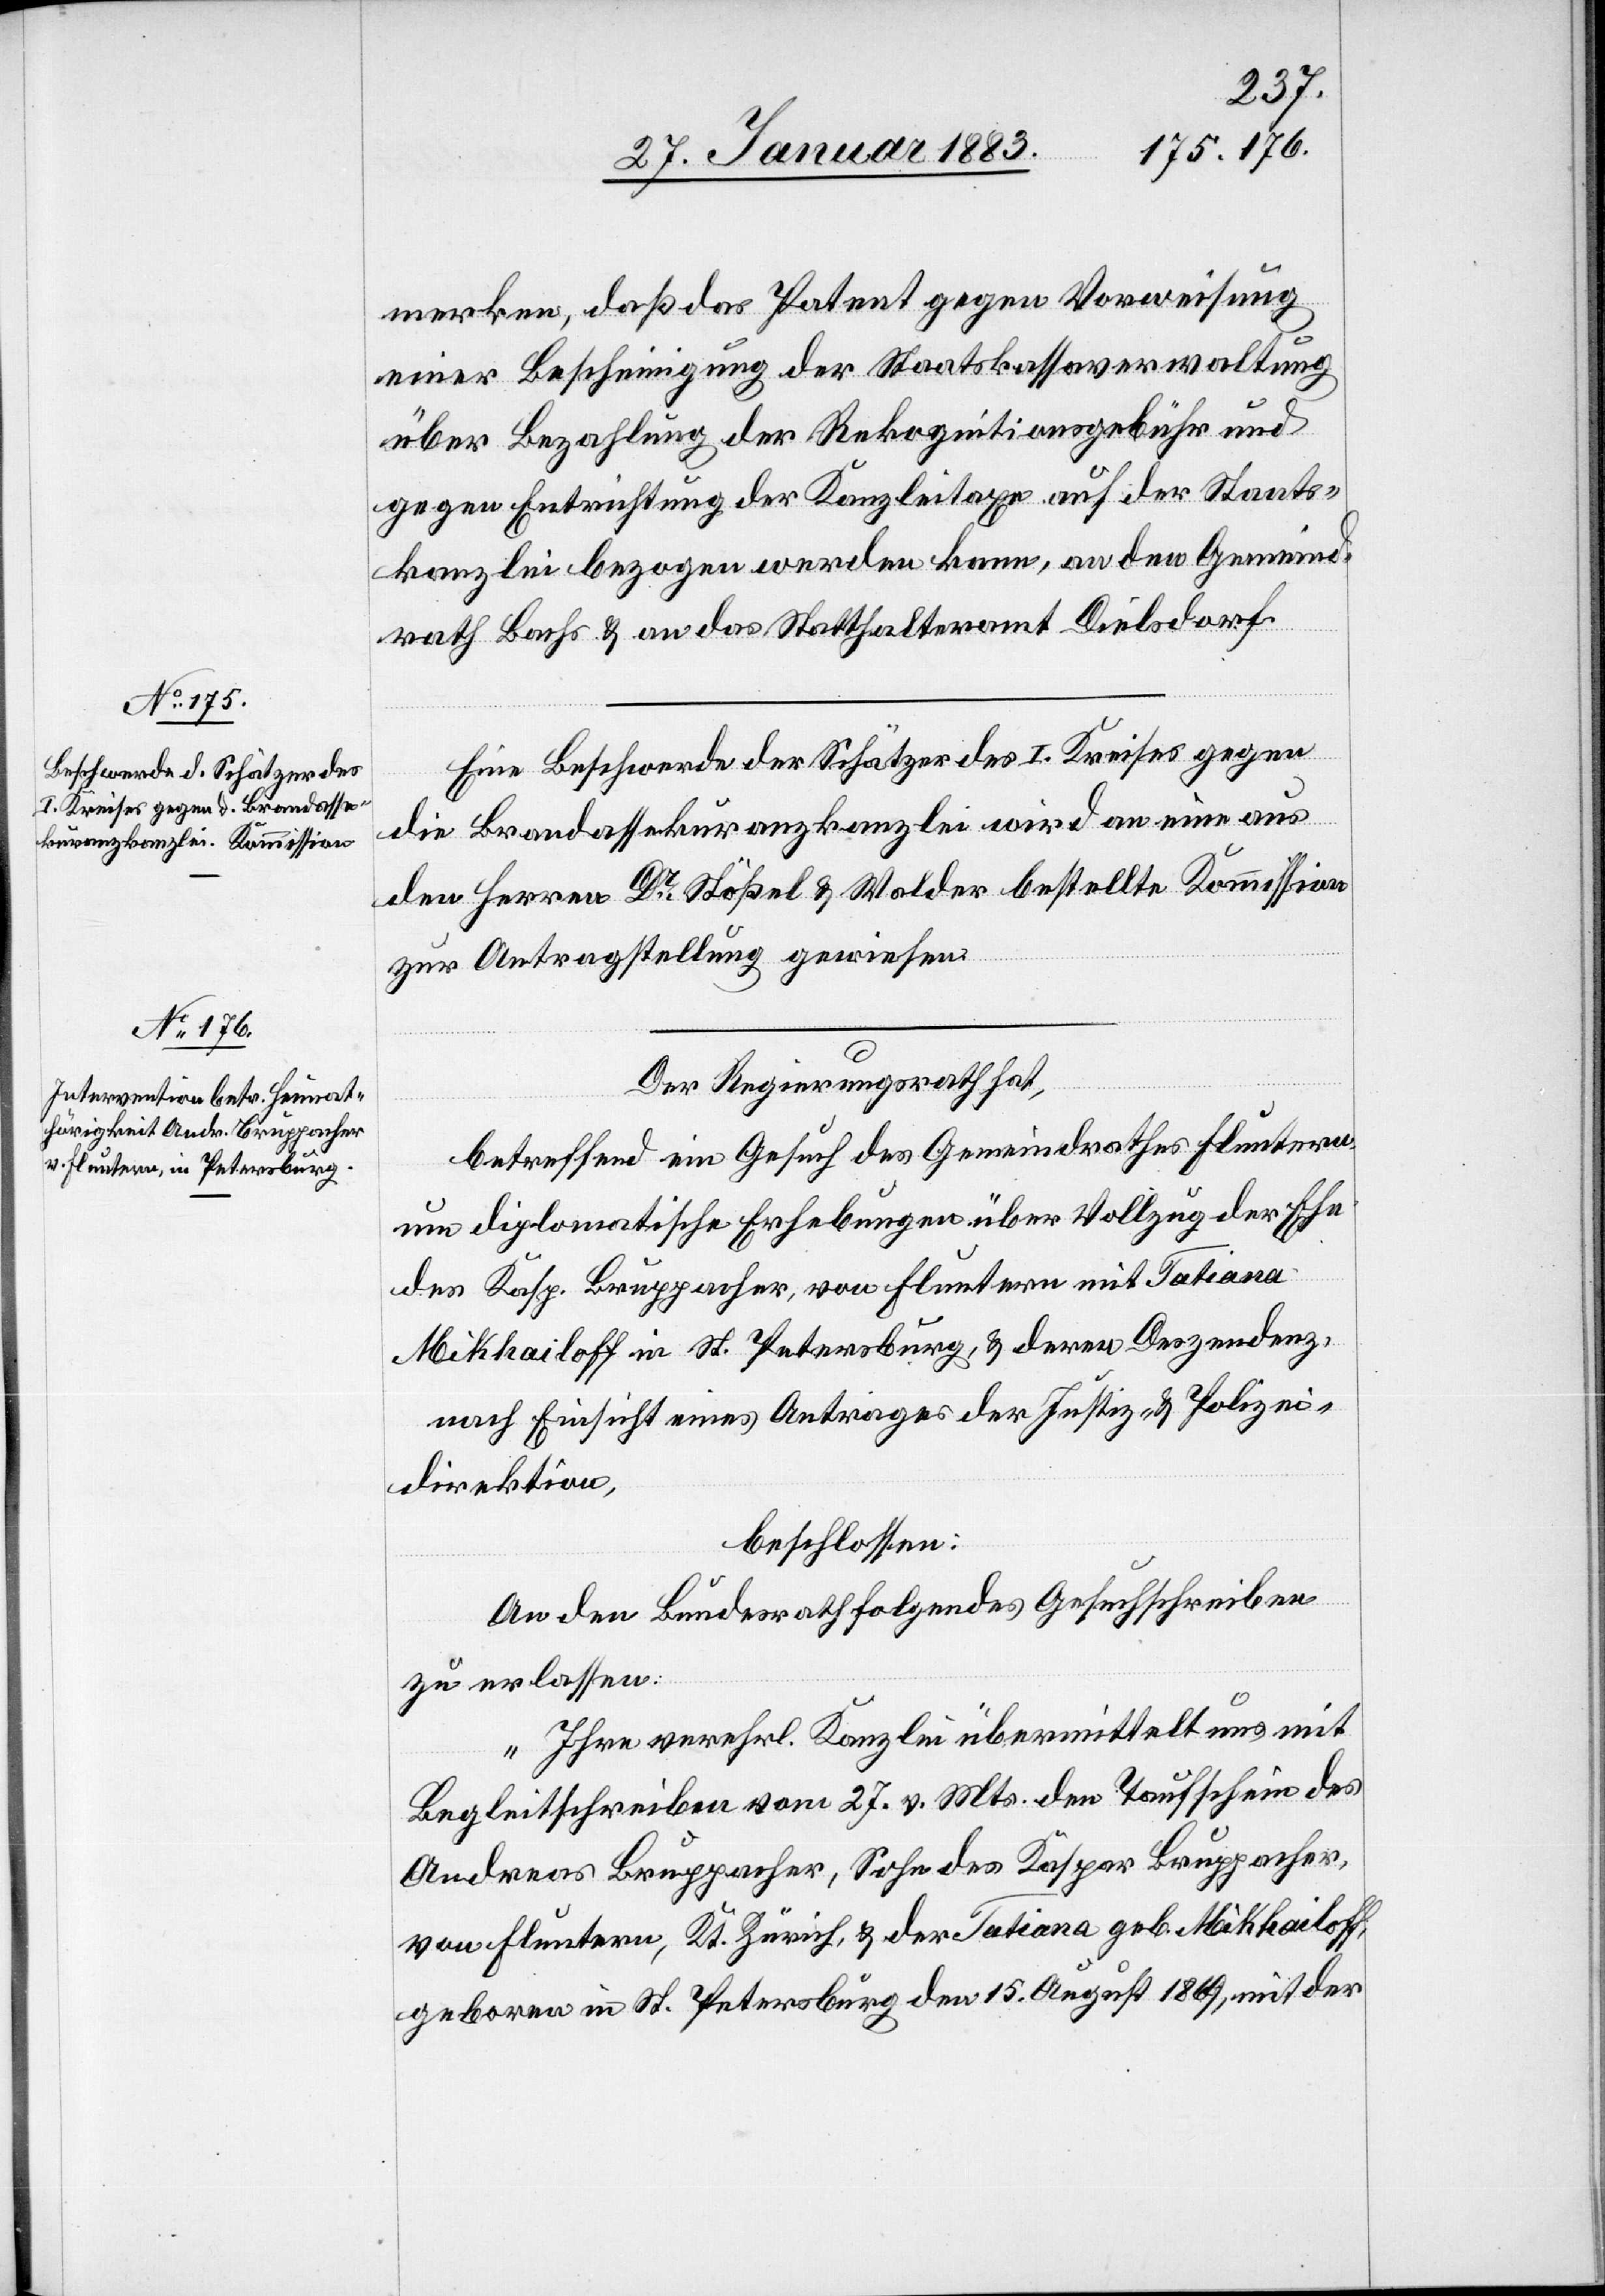
merken, daß das Patent gegen Vorweisung
einer Bescheinigung der Staatskassaverwaltung
kanzlei bezogen werden kann, an den Gemeind¬
auf der
rath Bachs & an das Statthalteramt Dielsdorf.
Eine Beschwerde der Schätzer des I. Kreises gegen
die Brandassekuranzkanzlei wird an eine aus
den Herren Dr Stößel & Walder bestellte Kommission
zur Antragstellung gewiesen.
Der Regierungsrath hat,
betreffend ein Gesuch des Gemeindrathes Fluntern
um diplomatische Erhebungen über Vollzug der Ehe
Staats¬
des Kasp. Bruppacher, von Fluntern mit Tatiana
Mikhailoff in St. Petersburg, & deren Deszendenz,
nach Einsicht eines Antrages der Justiz- & Polizei¬
direktion,
beschlossen:
An den Bundesrath folgendes Gesuchschreiben
zu erlassen:
„Ihre verehrl. Kanzlei übermittelt uns mit
Begleitschreiben vom 27. v. Mts. den Taufschein des
Andreas Bruppacher, Sohn des Kaspar Bruppacher,
von Fluntern, Kt. Zürich, & der Tatiana geb. Mikhailoff,
geboren in St. Petersburg den 15. August 1869, mit der